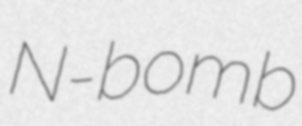
N-bomb